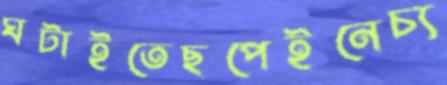
ঘটাইতেছপেইনেচ্য